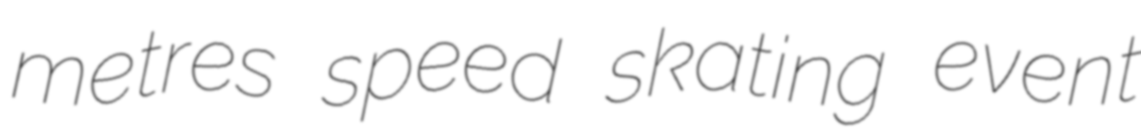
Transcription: metres speed skating event